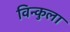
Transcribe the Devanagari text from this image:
विन्कुला